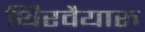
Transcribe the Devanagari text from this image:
थिरवैयारु